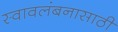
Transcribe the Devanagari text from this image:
स्वावलंबनासाठी